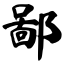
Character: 鄙